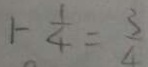
1 - \frac { 1 } { 4 } = \frac { 3 } { 4 }